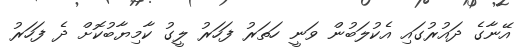
އޭނާގެ ދައުރުގައި އެކުލަބުން ވަނީ ހަތަރު ފަހަރު ލީގު ކާމިޔާބުކޮށް ދެ ފަހަރު